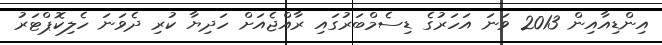
އިންޑިއާއިން 2013 ވަނަ އަހަރުގެ ޑިސެމްބަރުގައި ރާއްޖެއަށް ހަދިޔާ ކުރި ދެވަނަ ހެލިކޮޕްޓަރު